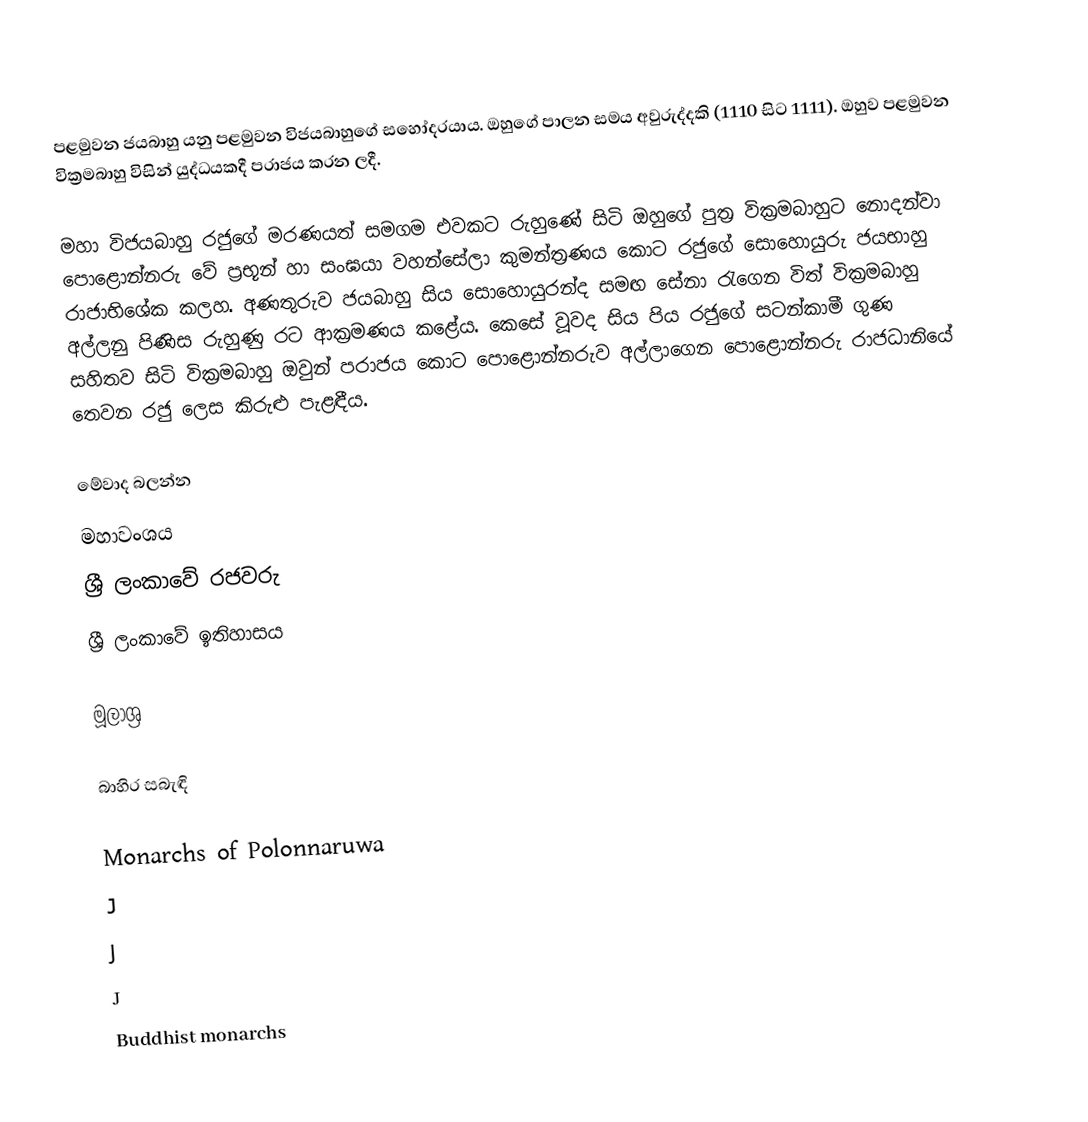
පළමුවන ජයබාහු යනු පළමුවන විජයබාහුගේ සහෝදරයාය. ඔහුගේ පාලන සමය අවුරුද්දකි (1110 සිට 1111). ඔහුව පළමුවන වික්‍රමබාහු විසින් යුද්ධයකදී පරාජය කරන ලදී.

මහා විජයබාහු රජුගේ මරණයත් සමගම එවකට රුහුණේ සිටි ඔහුගේ පුත්‍ර වික්‍රමබාහුට නොදන්වා පොළොන්නරු වේ ප්‍රභූන් හා සංඝයා වහන්සේලා කුමන්ත්‍රණය කොට රජුගේ සොහොයුරු ජයභාහු රාජාභිශේක කලහ. අණතුරුව ජයබාහු සිය සොහොයුරන්ද සමඟ සේනා රැගෙන විත් වික්‍රමබාහු අල්ලනු පිණිස රුහුණු රට ආක්‍රමණය කළේය. කෙසේ වූවද සිය පිය රජුගේ සටන්කාමී ගුණ සහිතව සිටි වික්‍රමබාහු ඔවුන් පරාජය කොට පොළොන්නරුව අල්ලාගෙන පොළොන්නරු රාජධානියේ තෙවන රජු ලෙස කිරුළු පැළඳීය.

මේවාද බලන්න
 මහාවංශය
 ශ්‍රී ලංකාවේ රජවරු
 ශ්‍රී ලංකාවේ ඉතිහාසය

මූලාශ්‍ර

බාහිර සබැඳි

Monarchs of Polonnaruwa
J
J
J
Buddhist monarchs